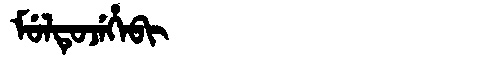
Manchu: ᠮᡠᠯᡨᡠᠵᡝᡥᡝᠪᡳ
Romanization: MULTUJEHEBI